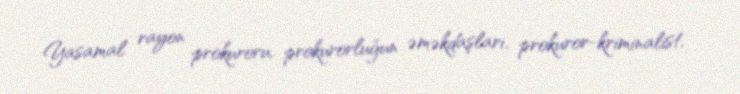
Yasamal rayon prokuroru, prokurorluğun əməkdaşları, prokuror-kriminalist,